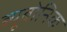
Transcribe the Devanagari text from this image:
ब्यूबोनिक